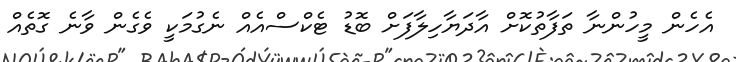
އެހެން މީހުންނާ ތަފާތުކޮށް އާދަޔާހިލާފަށް ބޮޑު ޓެކްސްއެއް ނެގުމަކީ ވެގެން ވާނެ ގޮތެއް